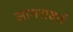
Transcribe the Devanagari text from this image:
सागरावर्त